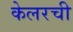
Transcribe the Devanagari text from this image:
केलरची